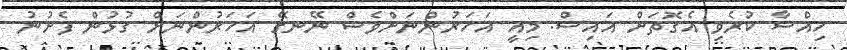
ހިއްސާ ކުރެވި އެގޮތަށް އައިސް. މިއީ އަހަރުންނަށްވެސް ނޭނގޭ އަހަރުންނަށް ގުޅުން ފެށުނު